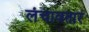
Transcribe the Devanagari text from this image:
लंचावतार